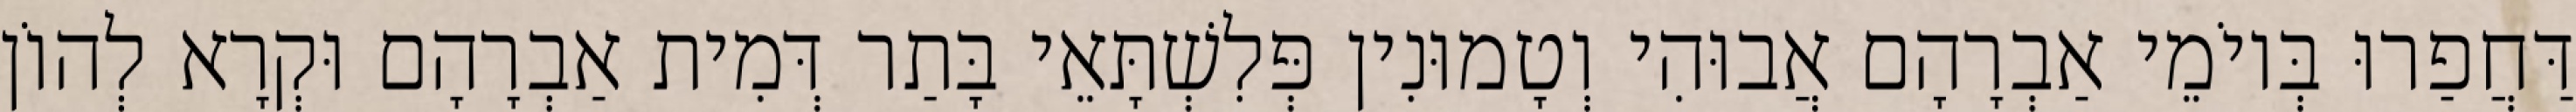
דַּחֲפַרוּ בְּיוֹמֵי אַבְרָהָם אֲבוּהִי וְטָמוּנִין פְּלִשְׁתָּאֵי בָּתַר דְּמִית אַבְרָהָם וּקְרָא לְהוֹן